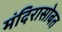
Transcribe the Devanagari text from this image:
मंदिरासोबत